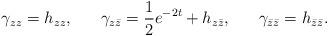
LaTeX: \begin{align*}\gamma_{zz} = h_{zz}, ~~~~~ \gamma_{z \bar{z}} = {1 \over 2}e^{-2 t} + h_{z \bar{z}},~~~~~ \gamma_{\bar{z} \bar{z}} = h_{\bar{z} \bar{z}}.\end{align*}